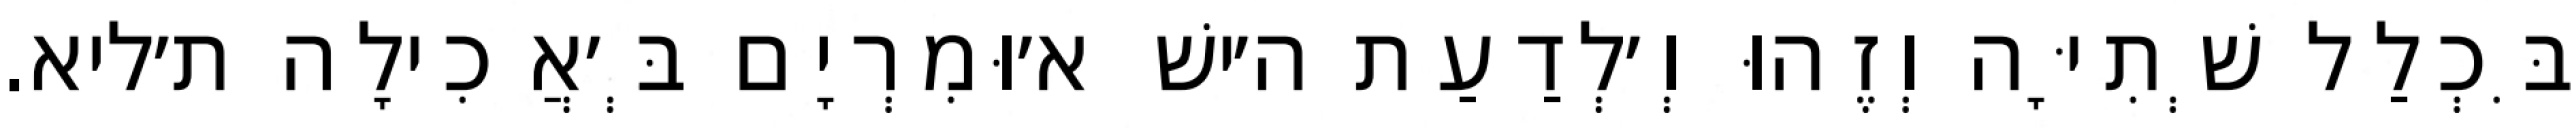
בִּכְלַל שְׁתִיָּה וְזֶהוּ וְ׳לְדַעַת ה׳ישׁ א׳וּמִרְיָם בְּ׳אֲכִילָה ת׳ליא.